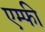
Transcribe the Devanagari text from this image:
एम्फी